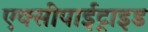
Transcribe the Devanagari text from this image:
एक्सीपाईट्राइड